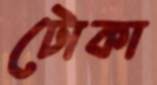
টোকা